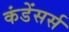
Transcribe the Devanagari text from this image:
कंडेंसर्स